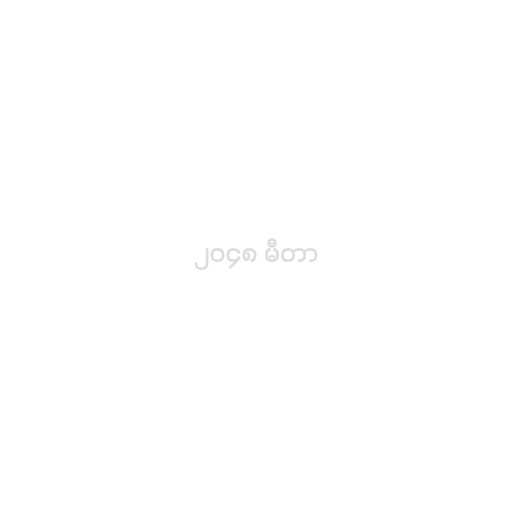
၂၀၄၈ မီတာ